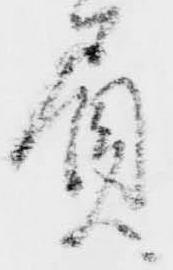
負